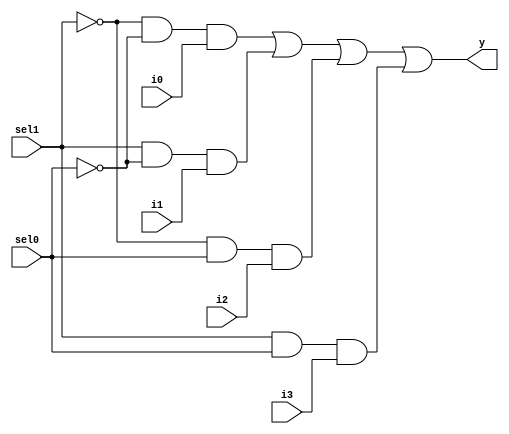
module mux4x1(i0,i1,i2,i3,sel1,sel0,y);
input i0,i1,i2,i3,sel1,sel0;
output y;
 assign y = (~sel1 & ~sel0 & i0) |  (sel1 & ~sel0 & i1)| (~sel1 & sel0 & i2)| (sel1 & sel0 & i3);
 endmodule